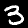
Label: 3